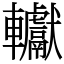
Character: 䡾